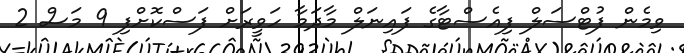
ވިމެން ފުޓްސަލް ފިއެސްޓާގެ ފައިނަލް މާދަމާ ހަވީރަށް ފަސްކޮށްފި 9 މަސް 2